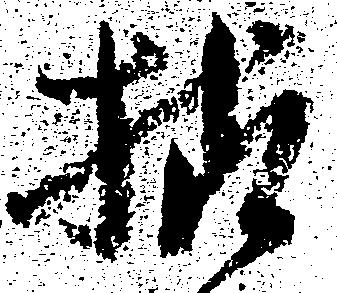
様